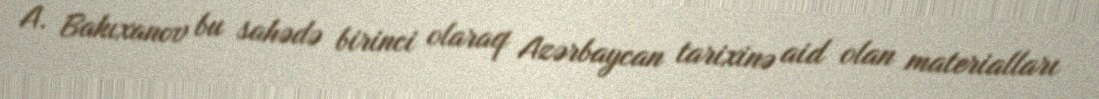
A. Bakıxanov bu sahədə birinci olaraq Azərbaycan tarixinə aid olan materialları